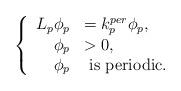
LaTeX: \begin{align*} \left\{\begin{array}{rl} L_p\phi_p&= k_p^{per}\phi_p,\\ \phi_p&>0,\\ \phi_p &\hbox{ is periodic}.\\ \end{array}\right.\end{align*}